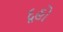
દૂહો